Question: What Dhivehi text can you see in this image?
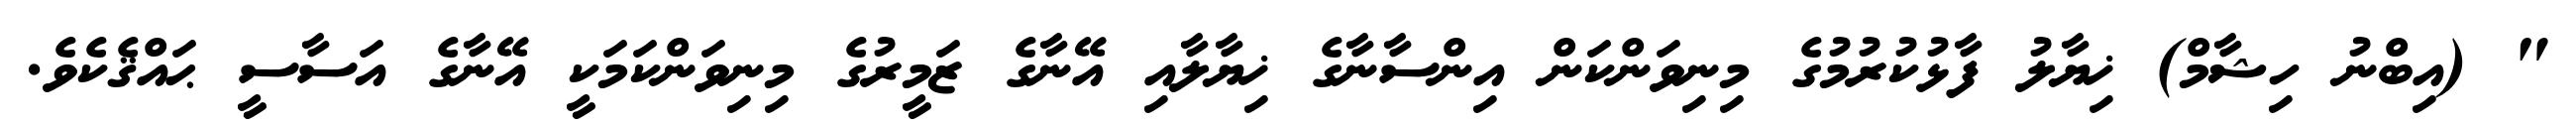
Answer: " (އިބްނު ހިޝާމް) ޚިޔާލު ފާޅުކުރުމުގެ މިނިވަންކަން އިންސާނާގެ ޚިޔާލާއި އޭނާގެ ޒަމީރުގެ މިނިވަންކަމަކީ އޭނާގެ އަސާސީ ޙައްޤެކެވެ.